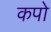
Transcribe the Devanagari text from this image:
कपो